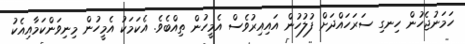
ހަމަނުޖެހުން ހިނގި ސަރަހައްދަށް ފުލުހުން އައިއިރުވެސް އެމީހުން ތިއްބެވެ. އެކަމަކު އެމީހުން މިނިވަންކަމާއިއެކު